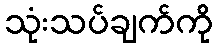
သုံးသပ်ချက်ကို